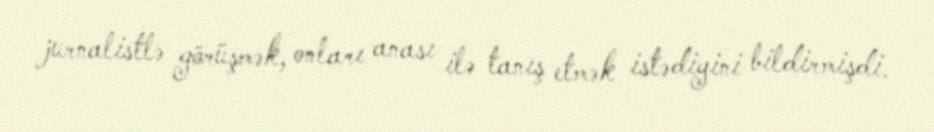
jurnalistlə görüşmək, onları anası ilə tanış etmək istədiyini bildirmişdi.